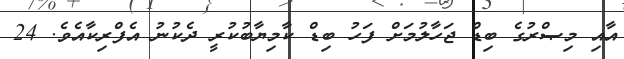
އާއި މިޞްރުގެ ބިޑް ޖަހާލުމަށް ފަހު ބިޑް ކާމިޔާބުކުރީ ދެކުނު އެފްރިކާއެވެ. 24